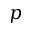
p